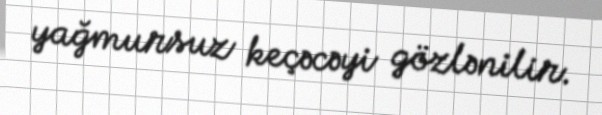
yağmursuz keçəcəyi gözlənilir.